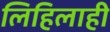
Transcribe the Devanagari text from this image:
लिहिलाही